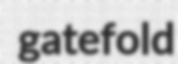
gatefold